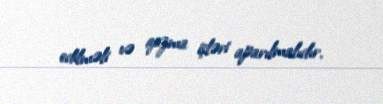
edilməli və qazma işləri aparılmalıdır.